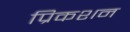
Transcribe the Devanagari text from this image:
प्रिकशन